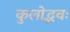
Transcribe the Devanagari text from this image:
कुलोद्भवः